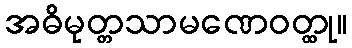
အဓိမုတ္တသာမဏေဝတ္ထု။